Civil Veterinary Department Bengal reports 1923-33 - 1923-1933
Year: 1923
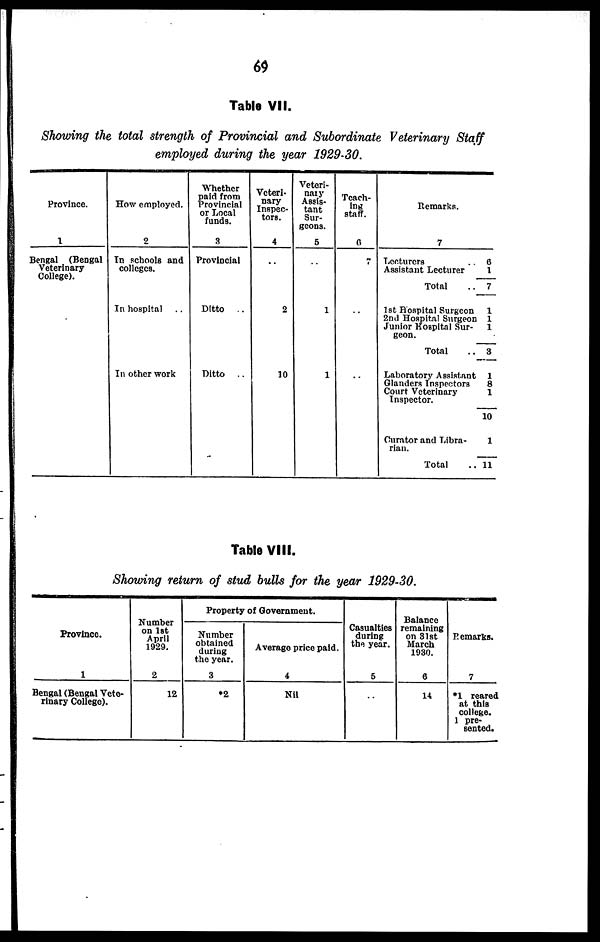
69
Table VII.
Showing the total strength of Provincial and Subordinate Veterinary Staff
employed during the year 1929-30.
Province.
1
Bengal (Bengal
Veterinary
College).
How employed.
2
In schools and
colleges.
In hospital ..
In other work
Whether
paid from
Provincial
or Local
funds.
8
Provincial
Ditto
..
Ditto
..
Veteri-
nary
Inspec-
tors.
4
..
2
10
Veteri-
nary
Assis-
tant
Sur-
geons.
5
..
1
1
Teach-
ing
staff.
6
7
..
..
Remarks.
7
Lecturers
.. 6
Assistant Lecturer
1
Total
.. 7
1st Hospital Surgeon
1
2nd Hospital Surgeon 1
Junior Hospital Sur-
1
geon.
Total
.. 3
Laboratory Assistant 1
Glanders Inspectors
8
Court Veterinary
1
Inspector.
10
Curator and Libra-
1
rian.
Total
.. 11
Table VIII.
Showing return of stud bulls for the year 1929-30.
Province.
1
Bengal (Bengal Vete-
rinary College).
Number
on 1st
April
1929.
2
12
Property of Government.
Number
obtained
during
the year.
3
*2
Average price paid.
4
Nil
Casualties
during
the year.
5
..
Balance
remaining
on 31st
March
1930.
6
14
Remarks.
7
*1 reared
at this
college.
1 pre-
sented.